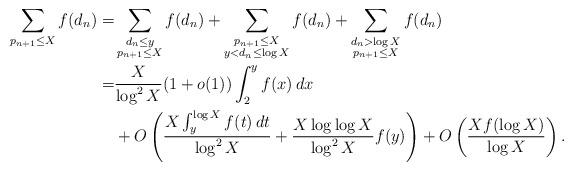
LaTeX: \begin{align*}\sum_{p_{n+1}\le X}f(d_n)=&\sum_{\substack{d_n\le y\\p_{n+1}\le X}}f(d_n)+\sum_{\substack{p_{n+1}\le X\\y<d_n\le \log X}}f(d_n)+\sum_{\substack{d_n>\log X\\p_{n+1}\le X}}f(d_n)\\=&\frac{X}{\log^2X}(1+o(1))\int_{2}^yf(x)\,dx\\&+O\left(\frac{X\int_{y}^{\log X}f(t)\,dt}{\log^2X}+\frac{X\log \log X}{\log^2X}f(y)\right)+O\left(\frac{Xf(\log X)}{\log X}\right).\end{align*}